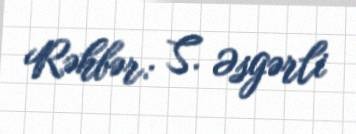
Rəhbər: S. Əsgərli